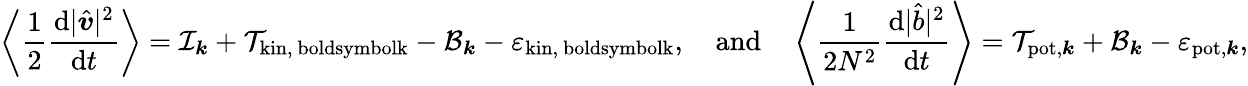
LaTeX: \left\langle\frac{1}{2}\frac{\mathrm{d}|\hat{\boldsymbol{v}}|^{2}}{\mathrm{d}t}\right\rangle=\mathcal{I}_{\boldsymbol{k}}+\mathcal{T}_{\mathrm{kin,\ boldsymbol{k}}}-\mathcal{B}_{\boldsymbol{k}}-\varepsilon_{\mathrm{kin,\ boldsymbol{k}}},~~~~\mathrm{and}~~~~\left\langle\frac{1}{2N^{2}}\frac{\mathrm{d}|\hat{b}|^{2}}{\mathrm{d}t}\right\rangle=\mathcal{T}_{\mathrm{pot},\boldsymbol{k}}+\mathcal{B}_{\boldsymbol{k}}-\varepsilon_{\mathrm{pot},\boldsymbol{k}},